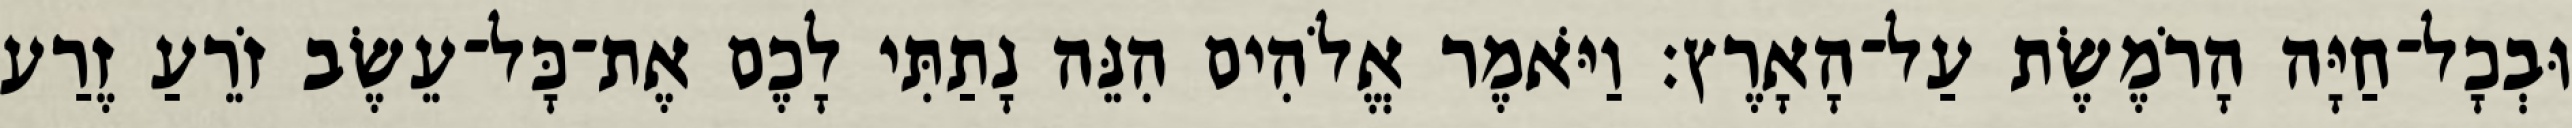
וּבְכָל־חַיָּה הָרֹמֶשֶׂת עַל־הָאָרֶץ׃ וַיֹּאמֶר אֱלֹהִים הִנֵּה נָתַתִּי לָכֶם אֶת־כָּל־עֵשֶׂב זֹרֵעַ זֶרַע